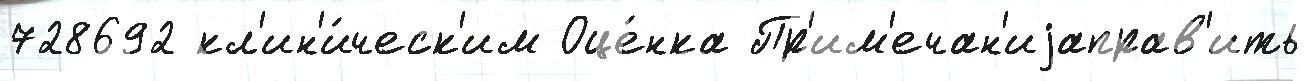
728692 кл'ин'и́ческ'им Оце́нка Пр'им'ечан'иjаправ'ить